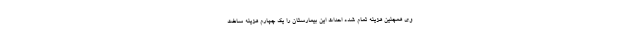
وی همچنین هزینه تمام شده احداث این بیمارستان را یک چهارم هزینه ساخت